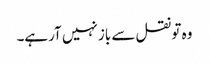
وہ تو نقل سے باز نہیں آرہے۔